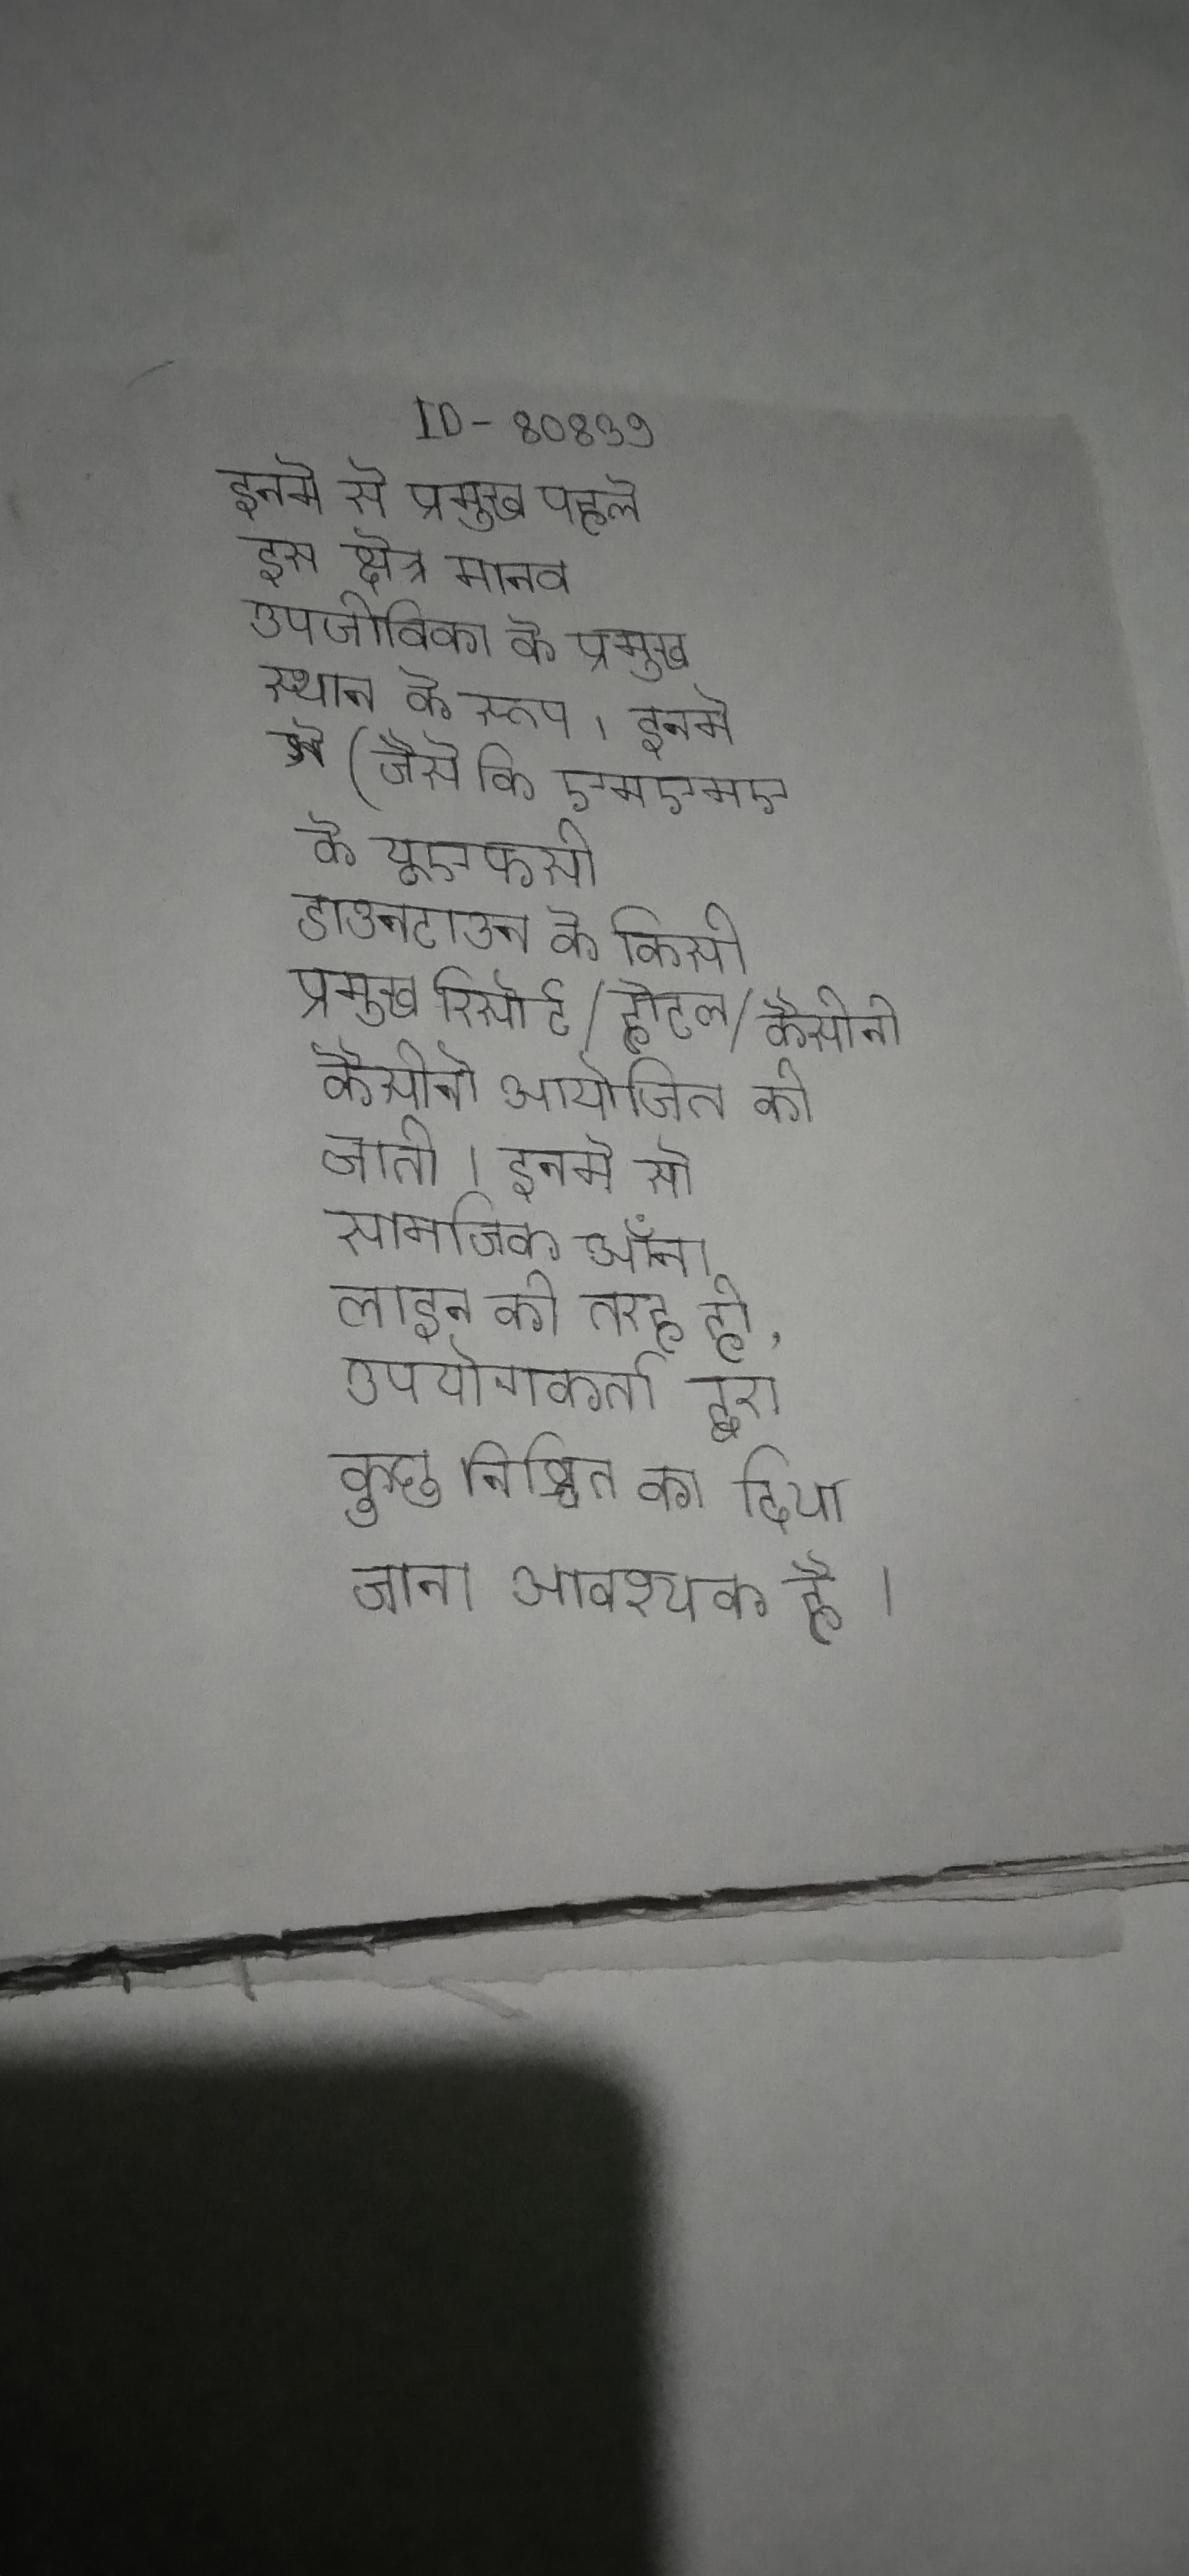
इनमे से प्रमुख पहले इस क्षेत्र मानव उपजीविका के प्रमुख स्थान के रूप । इनमे से (जैसे कि एमएमए के यूएफसी डाउनटाउन के निकट या स्ट्रिप के किसी प्रमुख रिसोर्ट/होटल/कैसीनो आयोजित की जाती । इनमे से सामाजिक ऑन लाइन की तरह ही, उपयोगकर्ता द्वारा कुछ निश्चित का दिया जाना आवश्यक है ।